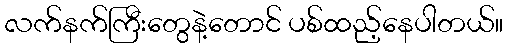
လက်နက်ကြီးတွေနဲ့တောင် ပစ်ထည့်နေပါတယ်။